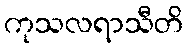
ကုသလရာသီတိ